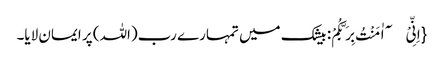
{اِنِّیْۤ اٰمَنْتُ بِرَبِّکُمْ: بیشک میں تمہارے رب(اللہ) پر ایمان لایا۔